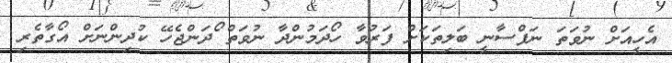
އެހީއަށް ނުވަތަ ނަފްސާނީ ބަލިތަކަށް ފަރުވާ ހޯދަމުންދާ ނުވަތް ޯޯދަންޖެހޭ ކުދިންނަށް އޯގާތެރި